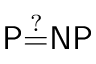
\mathsf { P { \overset { ? } { = } } N P }